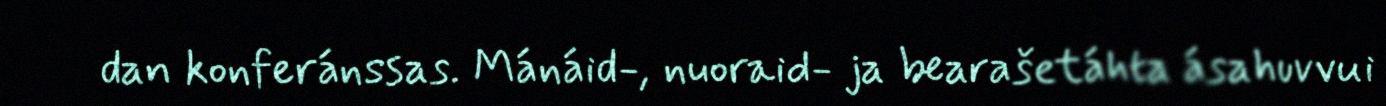
dan konferánssas. Mánáid-, nuoraid- ja bearašetáhta ásahuvvui